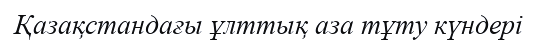
Қазақстандағы ұлттық аза тұту күндері